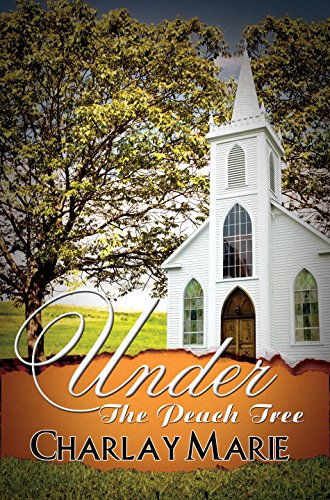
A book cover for Under the Peach Tree (Urban Books); Charlay Marie; Literature & Fiction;